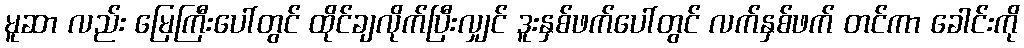
မူဆာ လည်း မြေကြီးပေါ်တွင် ထိုင်ချလိုက်ပြီးလျှင် ဒူးနှစ်ဖက်ပေါ်တွင် လက်နှစ်ဖက် တင်ကာ ခေါင်းကို